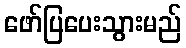
ဖော်ပြပေးသွားမည်